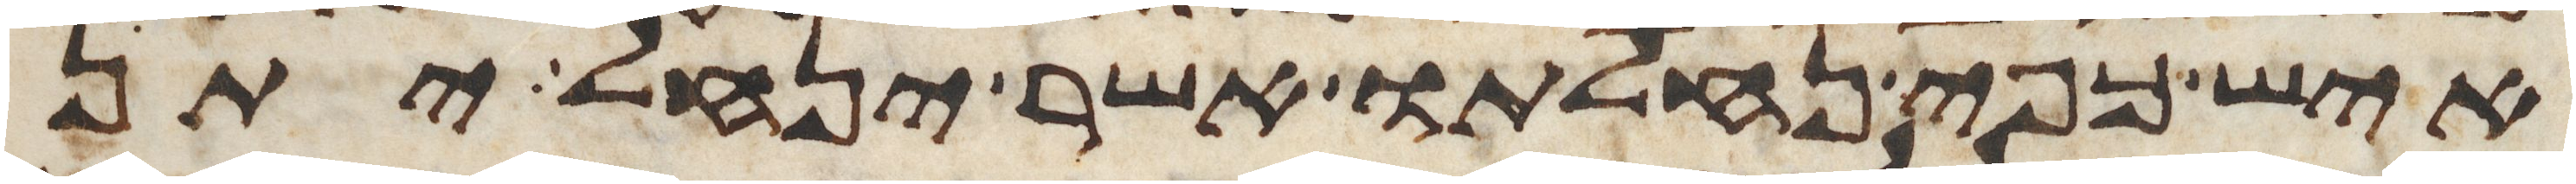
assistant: איש כפי נחלתו אשר ינחל יתן